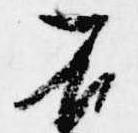
不